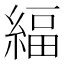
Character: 䋹